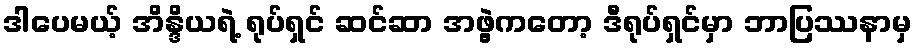
ဒါပေမယ့် အိန္ဒိယရဲ့ ရုပ်ရှင် ဆင်ဆာ အဖွဲ့ကတော့ ဒီရုပ်ရှင်မှာ ဘာပြဿနာမှ